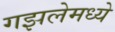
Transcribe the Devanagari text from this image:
गझलेमध्ये